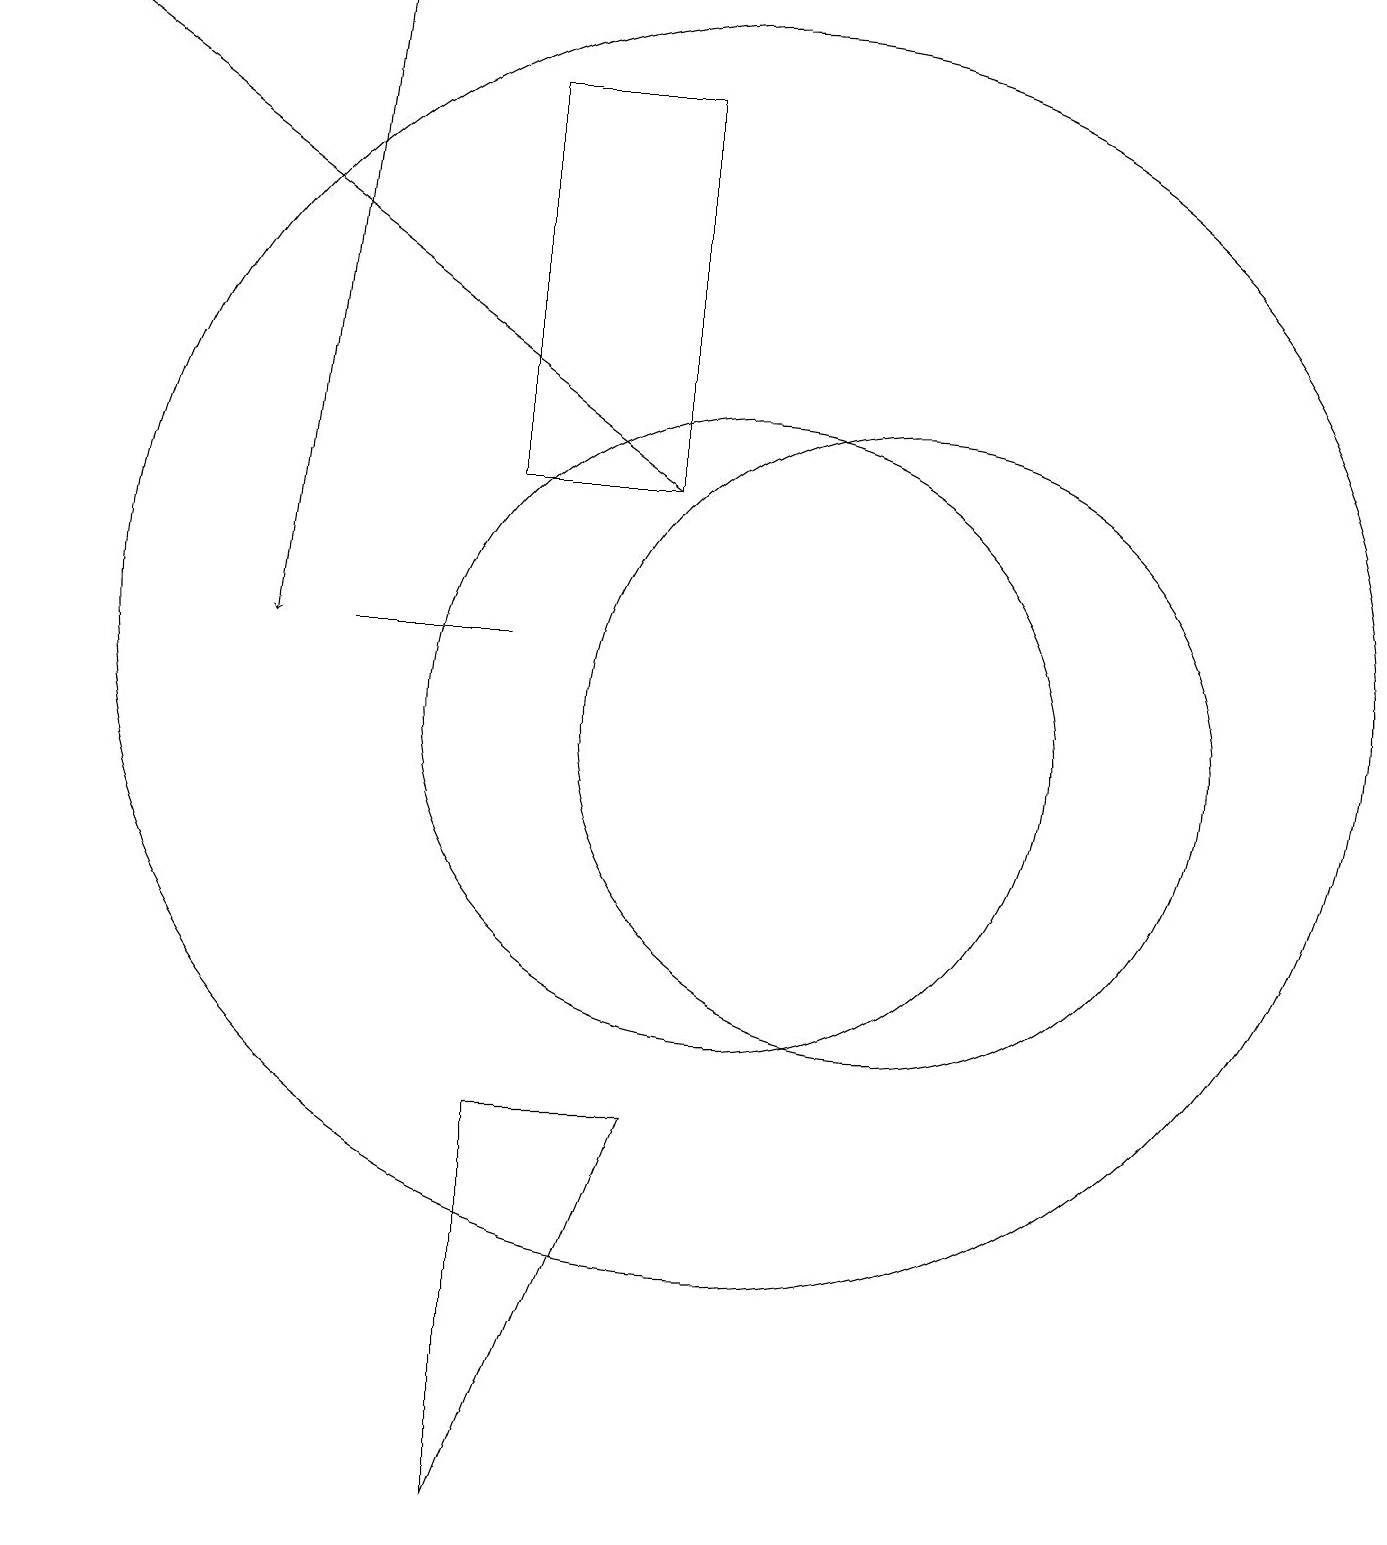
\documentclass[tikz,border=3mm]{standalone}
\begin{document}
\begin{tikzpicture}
\draw[->] (5,19) -- (4,11);
\draw[->] (9,13) -- (1,19);
\draw (10,11) circle (8);
\draw (7,0) -- (9,5) -- (7,5) -- cycle;
\draw (10,10) circle (4);
\draw (7,11) rectangle (5,11);
\draw (9,18) rectangle (7,13);
\draw (12,10) circle (4);
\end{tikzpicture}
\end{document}